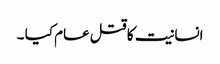
انسانیت کا قتل عام کیا ۔